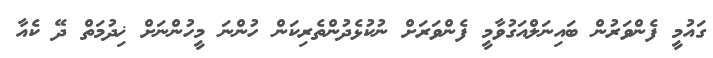
ގައުމީ ފެންވަރުން ބައިނަލްއަގުވާމީ ފެންވަރަށް ނުކުޅެދުންތެރިކަން ހުންނަ މީހުންނަށް ޚިދުމަތް ދޭ ކެއާ